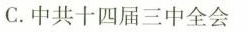
C.中共十四届三中全会